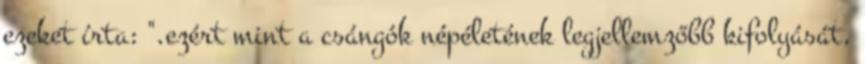
ezeket írta: ".ezért mint a csángók népéletének legjellemzőbb kifolyását,